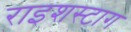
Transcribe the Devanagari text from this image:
राइशस्टाग